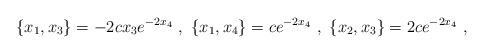
LaTeX: \begin{align*}\{x_1,x_3\}=- 2c x_3 e^{-2 x_4}~,~\{x_1,x_4\}=c e^{-2x_4}~,~\{x_2,x_3\}=2c e^{-2 x_4}~, \end{align*}